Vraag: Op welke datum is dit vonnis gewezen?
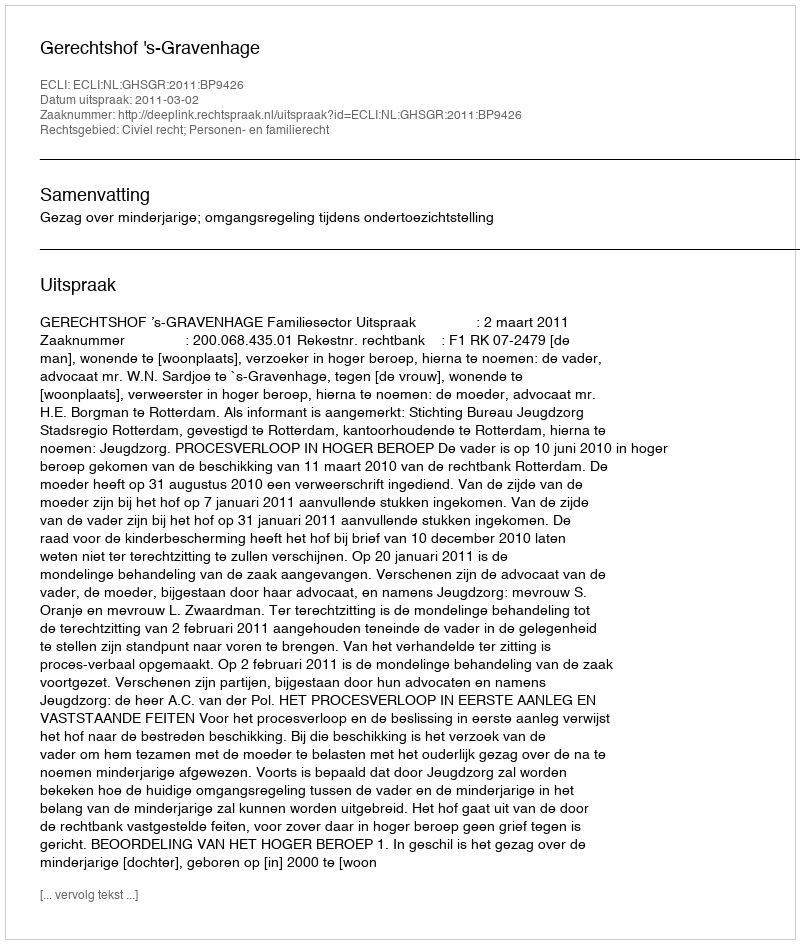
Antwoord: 2011-03-02